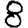
Digit: 8